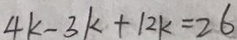
4 k - 3 k + 1 2 k = 2 6